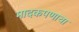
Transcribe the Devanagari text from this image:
मादकपणाचा